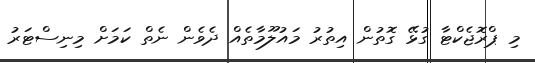
މި ޕްރޮޖެކްޓާ ގުޅޭ ގޮތުން އިތުރު މައުލޫމާތެއް ދެވެން ނެތް ކަމަށް މިނިސްޓަރު